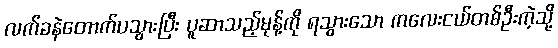
လက်ခနဲတောက်ပသွားပြီး ပူဆာသည့်မုန့်ကို ရသွားသော ကလေးငယ်တစ်ဦးကဲ့သို့